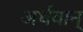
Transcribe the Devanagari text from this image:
अर्थवान्‌